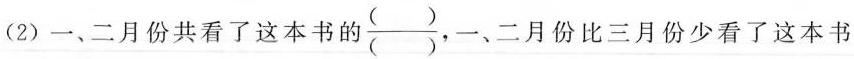
(2)一、二月份共看了这本书的\frac{( )}{( )}、二月份比三月份少看了这本书